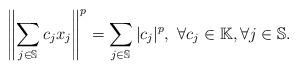
LaTeX: \begin{align*}\left\| \sum_{j\in \mathbb{S}}c_jx_j\right\|^p= \sum_{j\in \mathbb{S}}|c_j|^p , ~\forall c_j \in \mathbb{K}, \forall j \in \mathbb{S}.\end{align*}